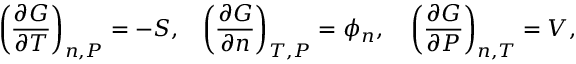
\left( \frac { \partial G } { \partial T } \right) _ { n , P } = - S , \, \, \, \, \, \left( \frac { \partial G } { \partial n } \right) _ { T , P } = \phi _ { n } , \, \, \, \, \, \, \left( \frac { \partial G } { \partial P } \right) _ { n , T } = V ,